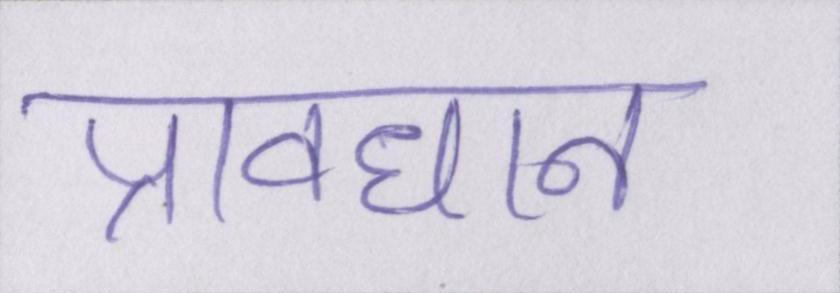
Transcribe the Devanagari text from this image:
प्रावधान